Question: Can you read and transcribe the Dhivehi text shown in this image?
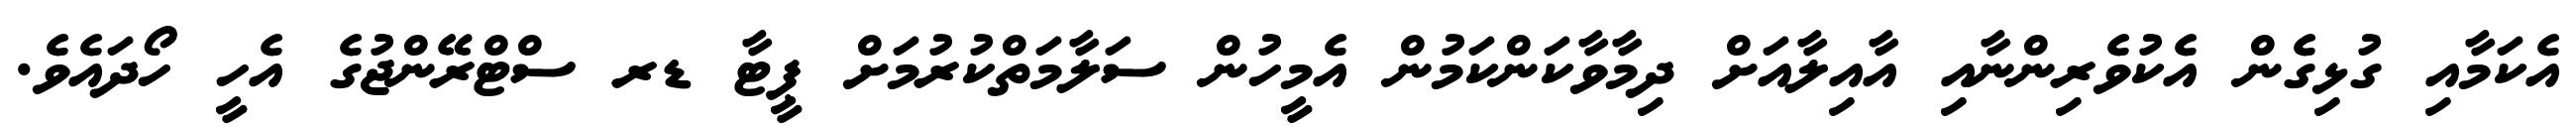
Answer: އެކަމާއި ގުޅިގެން އެކުވެރިންނާއި އާއިލާއަށް ދިމާވާކަންކަމުން އެމީހުން ސަލާމަތްކުރުމަށް ޕީޓާ ޑރ ސްޓްރޭންޖުގެ އެހީ ހޯދައެވެ.